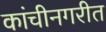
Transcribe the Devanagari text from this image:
कांचीनगरीत